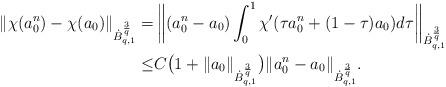
LaTeX: \begin{align*}\|\chi(a_0^n)-\chi(a_0)\|_{\dot{B}_{q,1}^{\frac3q}}=&\left\|(a_0^n-a_0)\int_0^1\chi'(\tau a_0^n+(1-\tau)a_0)d\tau\right\|_{\dot{B}_{q,1}^{\frac3q}}\\\leq&C\big(1+\|a_0\|_{\dot{B}_{q,1}^{\frac3q}}\big)\|a_0^n-a_0\|_{\dot{B}_{q,1}^{\frac3q}}.\end{align*}